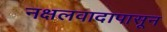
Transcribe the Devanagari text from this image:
नक्षलवादापासून